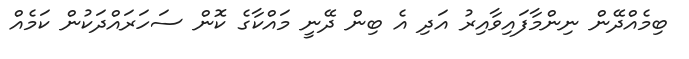
ބިމެއްދޭން ނިންމާފައިވާއިރު އަދި އެ ބިން ދޭނީ މައްކާގެ ކޮން ސަހަރައްދަކުން ކަމެއް